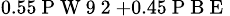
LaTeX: _{0.55\mathrm{~P~W~9~2~}+0.45\mathrm{~P~B~E~}}